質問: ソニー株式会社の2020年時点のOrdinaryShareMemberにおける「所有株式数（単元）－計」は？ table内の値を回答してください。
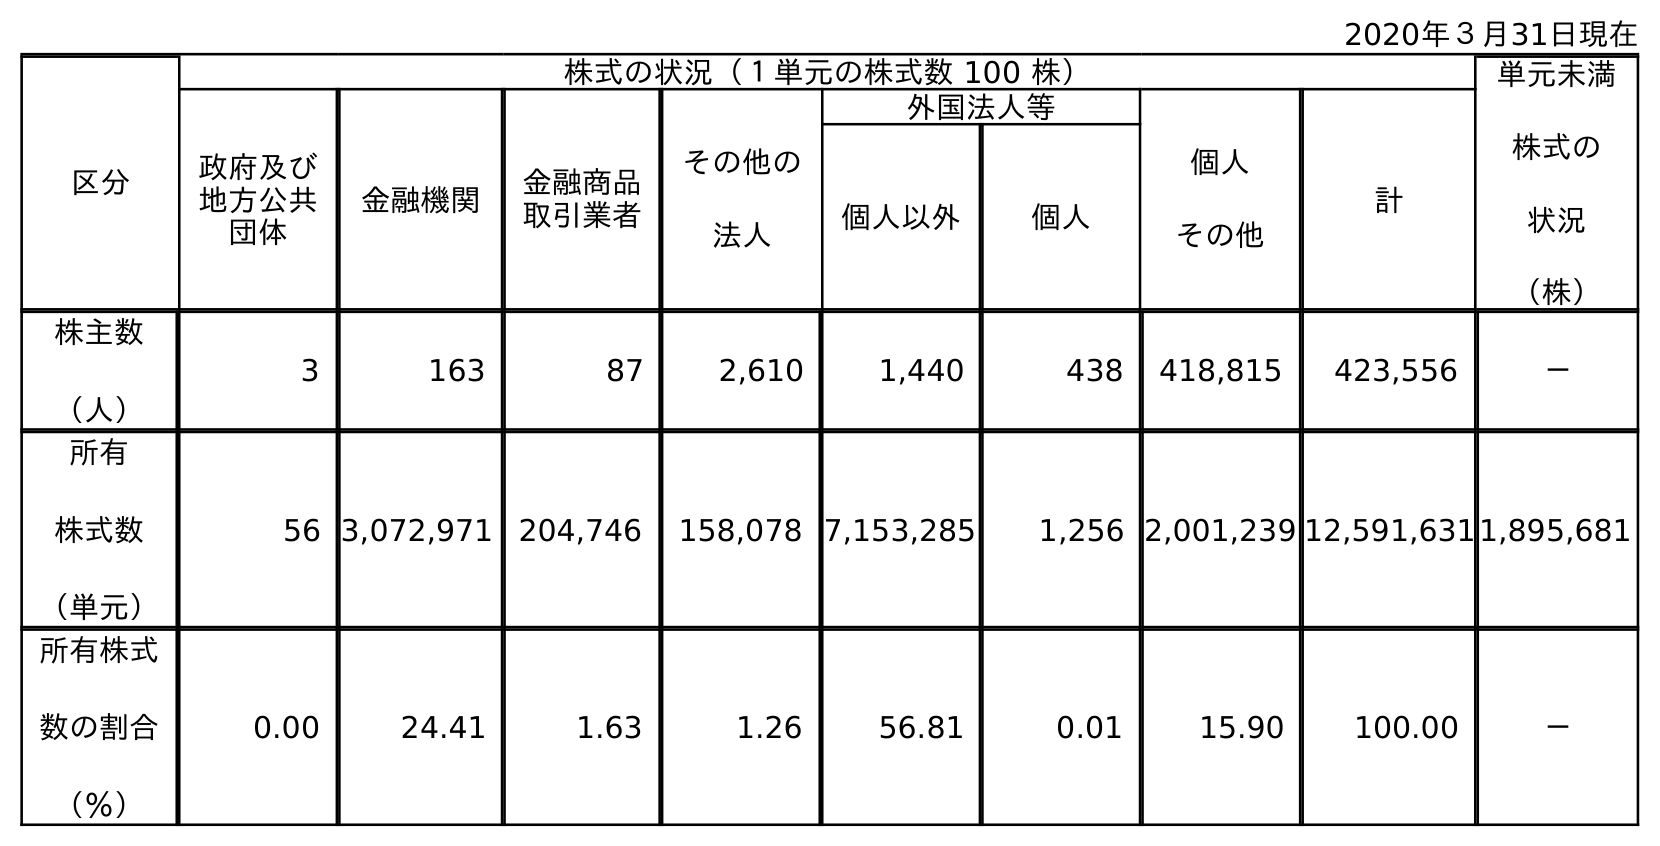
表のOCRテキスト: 2020年３月31日現在 区分 株式の状況（１単元の株式数 100 株） 単元未満 株式の 状況 （株） 政府及び 地方公共 団体 金融機関 金融商品 取引業者 その他の 法人 外国法人等 個人 その他 計 個人以外 個人 株主数 （人） 3 163 87 2,610 1,440 438 418,815 423,556 － 所有 株式数 （単元） 56 3,072,971 204,746 158,078 7,153,285 1,256 2,001,239 12,591,6311,895,681 所有株式 数の割合 （％） 0.00 24.41 1.63 1.26 56.81 0.01 15.90 100.00 －
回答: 12,591,631